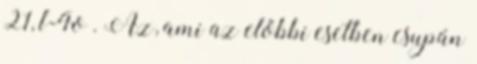
21, l-4o . Az, ami az előbbi esetben csupán